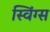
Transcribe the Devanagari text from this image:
स्विंग्स